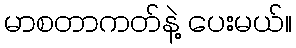
မာစတာကတ်နဲ့ ပေးမယ်။